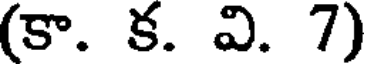
(కా. క. వి. 7)